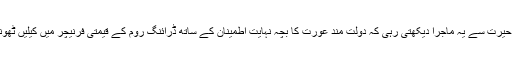
دیر تک وہ حیرت سے یہ ماجرا دیکھتی رہی کہ دولت مند عورت کا بچہ نہایت اطمینان کے ساتھ ڈرائنگ روم کے قیمتی فرنیچر میں کیلیں ٹھونک رہا ہے۔